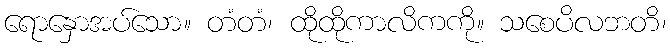
ရောနှောအပ်သော။ တံတံ၊ ထိုထိုကာလိကကို။ သစေပိလဘတိ၊